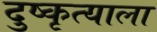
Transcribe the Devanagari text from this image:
दुष्कृत्याला